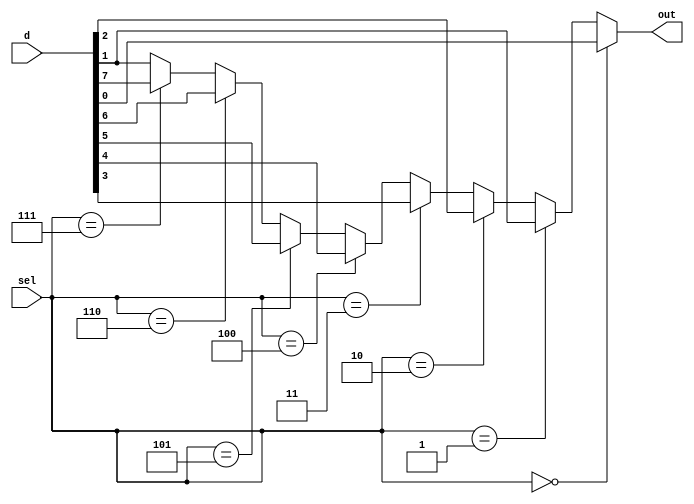
module mux8_1(d,sel,out);
input [7:0] d;
output reg out;
input [2:0]sel;

always@(*)
begin
if(sel==3'b000)
out=d[0];
else if(sel==3'b001)
out=d[1];
else if(sel==3'b010)
out=d[2];
else if(sel==3'b011)
out=d[3];
else if(sel==3'b100)
out=d[4];
else if(sel==3'b101)
out=d[5];
else if(sel==3'b110)
out=d[6];
else if(sel==3'b111)
out=d[7];
else
out=d[1];
end
endmodule